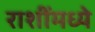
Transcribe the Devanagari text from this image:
राशींमध्ये